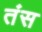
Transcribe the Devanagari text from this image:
तंस